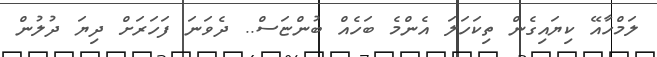
ލަމްހާއޭ ކިޔައިގެން ތިކަހަލަ އެންމެ ބަހެއް ބުންޏަސް.. ދެވަނަ ފަހަރަށް ދިޔަ ދުލުން